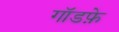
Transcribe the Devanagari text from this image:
गॉडफ़े